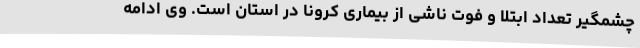
چشمگیر تعداد ابتلا و فوت ناشی از بیماری کرونا در استان است. وی ادامه